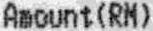
AMOUNT(RM)